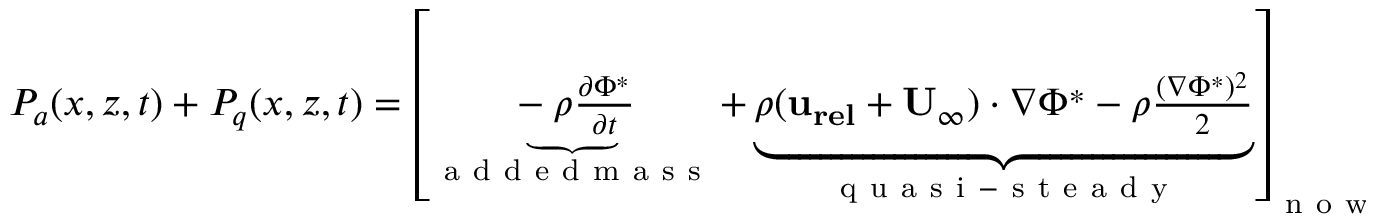
\begin{array} { r } { P _ { a } ( x , z , t ) + P _ { q } ( x , z , t ) = \left[ \underbrace { - \rho \frac { \partial \Phi ^ { * } } { \partial t } } _ { \mathrm { ~ a ~ d ~ d ~ e ~ d ~ m ~ a ~ s ~ s ~ } } + \underbrace { \rho ( \mathbf { u _ { r e l } } + \mathbf { U _ { \infty } } ) \cdot \nabla \Phi ^ { * } - \rho \frac { ( \nabla \Phi ^ { * } ) ^ { 2 } } { 2 } } _ { \mathrm { ~ q ~ u ~ a ~ s ~ i ~ - ~ s ~ t ~ e ~ a ~ d ~ y ~ } } \right] _ { \mathrm { ~ n ~ o ~ w ~ a ~ k ~ e ~ } } . } \end{array}